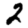
Digit: 2